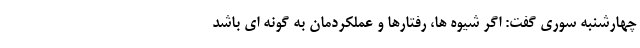
چهارشنبه سوری گفت: اگر شیوه ها، رفتارها و عملکردمان به گونه ای باشد